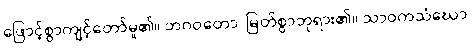
ဖြောင့်စွာကျင့်တော်မူ၏။ ဘဂဝတော၊ မြတ်စွာဘုရား၏။ သာဝကသံဃော၊